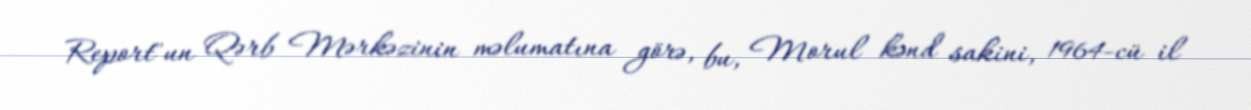
Report"un Qərb Mərkəzinin məlumatına görə, bu, Morul kənd sakini, 1964-cü il